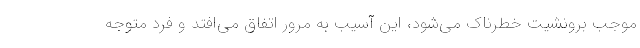
موجب برونشیت خطرناک می‌شود، این آسیب به مرور اتفاق می‌افتد و فرد متوجه